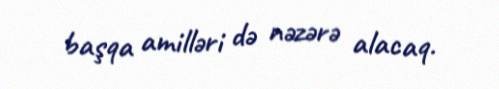
başqa amilləri də nəzərə alacaq.